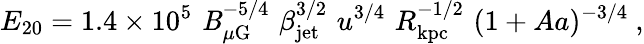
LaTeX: E_{20}=1.4\times10^{5}\, \, \mathit{B}_{\mu\mathrm{{G}}}^{-5/4}\, \, \beta_{\mathrm{{jet}}}^{3/2}\, \, u^{3/4}\, \, R_{\mathrm{{kpc}}}^{-1/2}\, \, (1+Aa)^{-3/4}\ ,